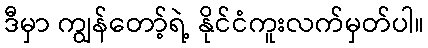
ဒီမှာ ကျွန်တော့်ရဲ့ နိုင်ငံကူးလက်မှတ်ပါ။